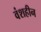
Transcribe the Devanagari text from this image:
वंशहीन